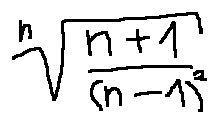
\sqrt [ n ] { \frac { n + 1 } { ( n - 1 ) ^ { 2 } } }